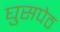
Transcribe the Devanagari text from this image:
घुसपेठ